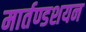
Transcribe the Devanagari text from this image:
मार्तण्डशयन